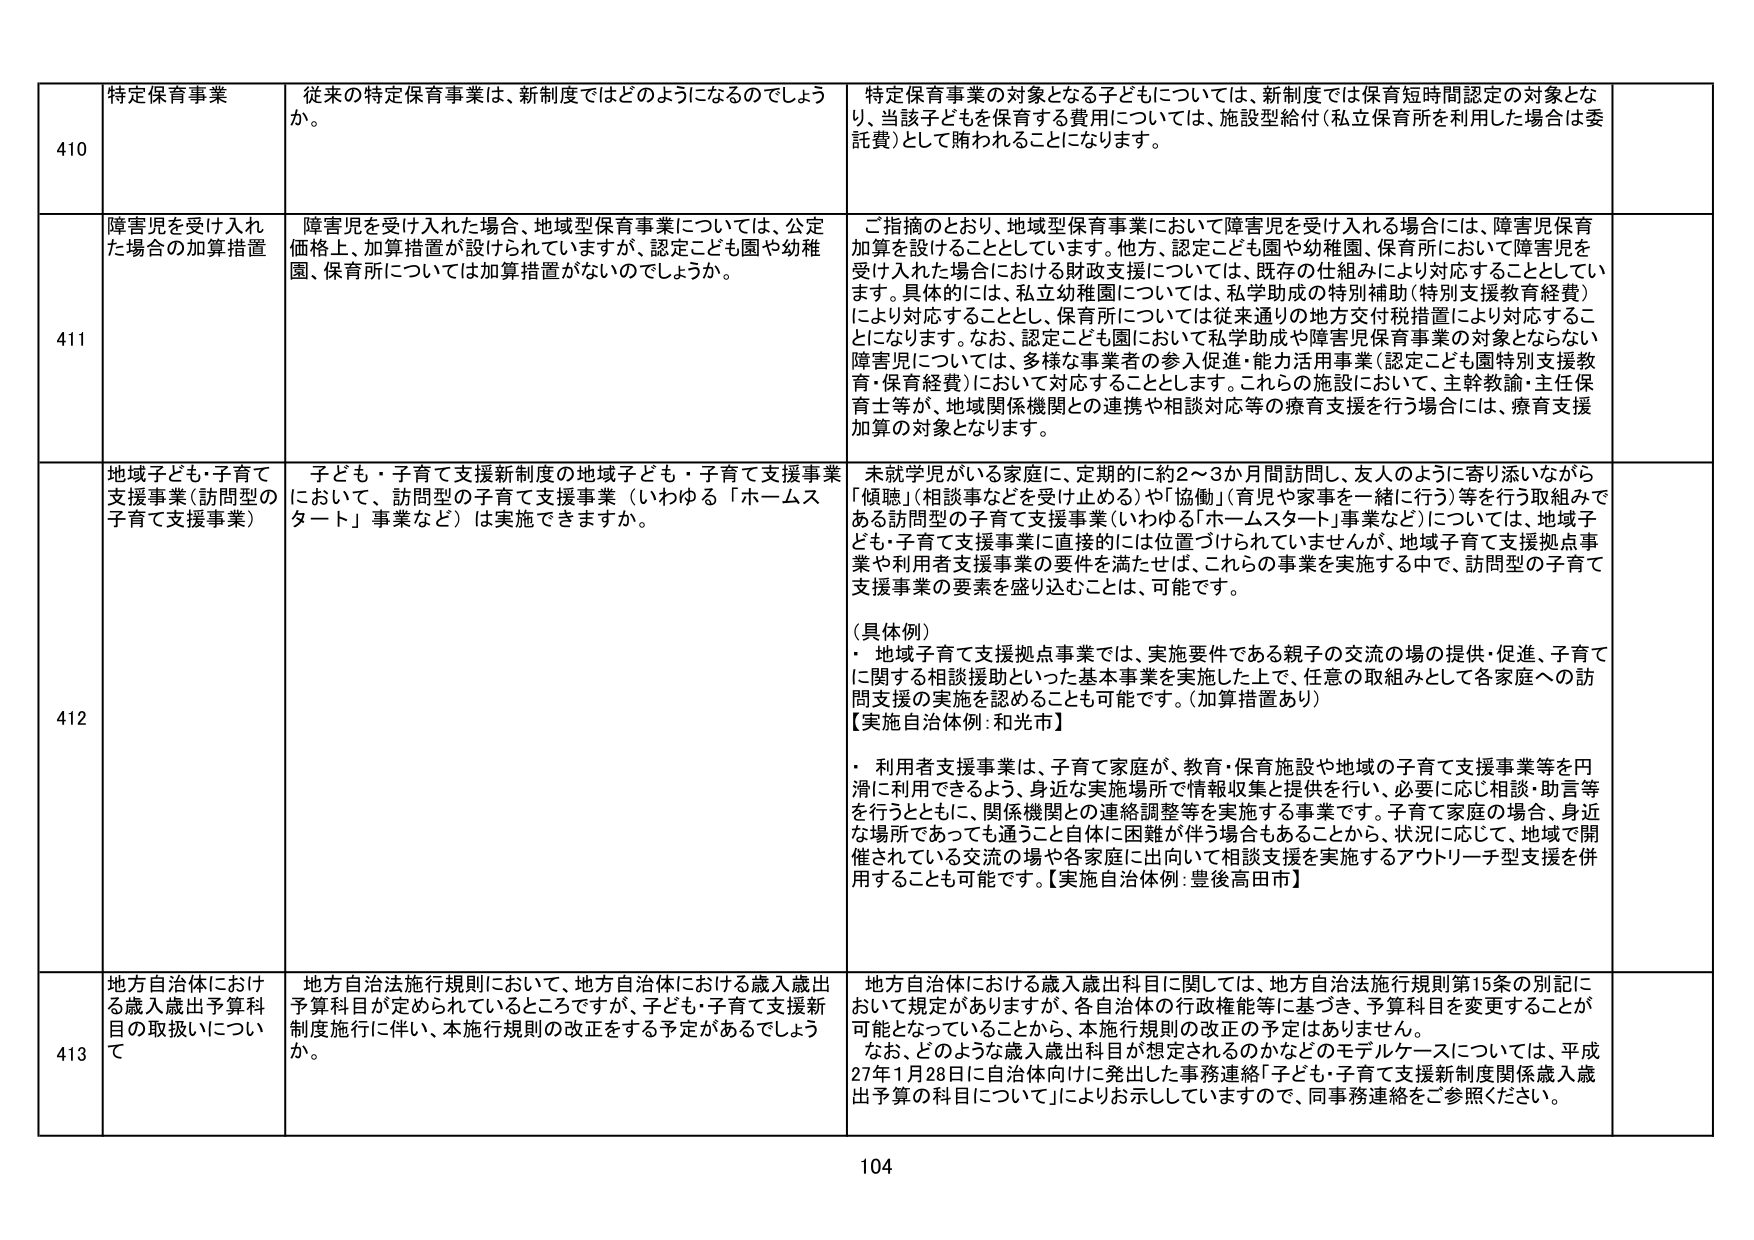
410 特定保育事業 従来の特定保育事業は、新制度ではどのようになるのでしょうか。 特定保育事業の対象となる子どもについては、新制度では保育短時間認定の対象となり、当該子どもを保育する費用については、施設型給付（私立保育所を利用した場合は委託費）として賄われることになります。

411 障害児を受け入れた場合の加算措置 障害児を受け入れた場合、地域型保育事業については、公定価格上、加算措置が設けられていますが、認定こども園や幼稚園、保育所については加算措置がないのでしょうか。 ご指摘のとおり、地域型保育事業において障害児を受け入れる場合には、障害児保育加算を設けることとしています。他方、認定こども園や幼稚園、保育所において障害児を受け入れた場合における財政支援については、既存の仕組みにより対応することとしています。具体的には、私立幼稚園については、私学助成の特別補助（特別支援教育経費）により対応することとし、保育所については従来通りの地方交付税措置により対応することになります。なお、認定こども園において私学助成や障害児保育事業の対象とならない障害児については、多様な事業者の参入促進・能力活用事業（認定こども園特別支援教育・保育経費）において対応することとします。これらの施設において、主幹教諭・主任保育士等が、地域関係機関との連携や相談対応等の療育支援を行う場合には、療育支援加算の対象となります。

412 地域子ども・子育て支援事業（訪問型の子育て支援事業） 子ども・子育て支援新制度の地域子ども・子育て支援事業において、訪問型の子育て支援事業（いわゆる「ホームスタート」事業など）は実施できますか。 未就学児がいる家庭に、定期的に約2～3か月間訪問し、友人のように寄り添いながら「傾聴」（相談事などを受け止める）や「協働」（育児や家事を一緒に行う）等を行う取組みである訪問型の子育て支援事業（いわゆる「ホームスタート」事業など）については、地域子ども・子育て支援事業に直接的には位置づけられていませんが、地域子育て支援拠点事業や利用者支援事業の要件を満たせば、これらの事業を実施する中で、訪問型の子育て支援事業の要素を盛り込むことは、可能です。 （具体例） ・ 地域子育て支援拠点事業では、実施要件である親子の交流の場の提供・促進、子育てに関する相談援助といった基本事業を実施した上で、任意の取組みとして各家庭への訪問支援の実施を認めることも可能です。（加算措置あり） 【実施自治体例：和光市】 ・ 利用者支援事業は、子育て家庭が、教育・保育施設や地域の子育て支援事業等を円滑に利用できるよう、身近な実施場所で情報収集と提供を行い、必要に応じ相談・助言等を行うとともに、関係機関との連絡調整等を実施する事業です。子育て家庭の場合、身近な場所であっても通うこと自体に困難が伴う場合もあることから、状況に応じて、地域で開催されている交流の場や各家庭に出向いて相談支援を実施するアウトリーチ型支援を併用することも可能です。【実施自治体例：豊後高田市】

413 地方自治体における歳入歳出予算科目の取扱いについて 地方自治法施行規則において、地方自治体における歳入歳出予算科目が定められているところですが、子ども・子育て支援新制度施行に伴い、本施行規則の改正をする予定があるでしょうか。 地方自治体における歳入歳出科目に関しては、地方自治法施行規則第15条の別記において規定がありますが、各自治体の行政権能等に基づき、予算科目を変更することが可能となっていることから、本施行規則の改正の予定はありません。 なお、どのような歳入歳出科目が想定されるのかなどのモデルケースについては、平成27年1月28日に自治体向けに発出した事務連絡「子ども・子育て支援新制度関係歳入歳出予算の科目について」によりお示ししていますので、同事務連絡をご参照ください。

104